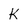
Character: K